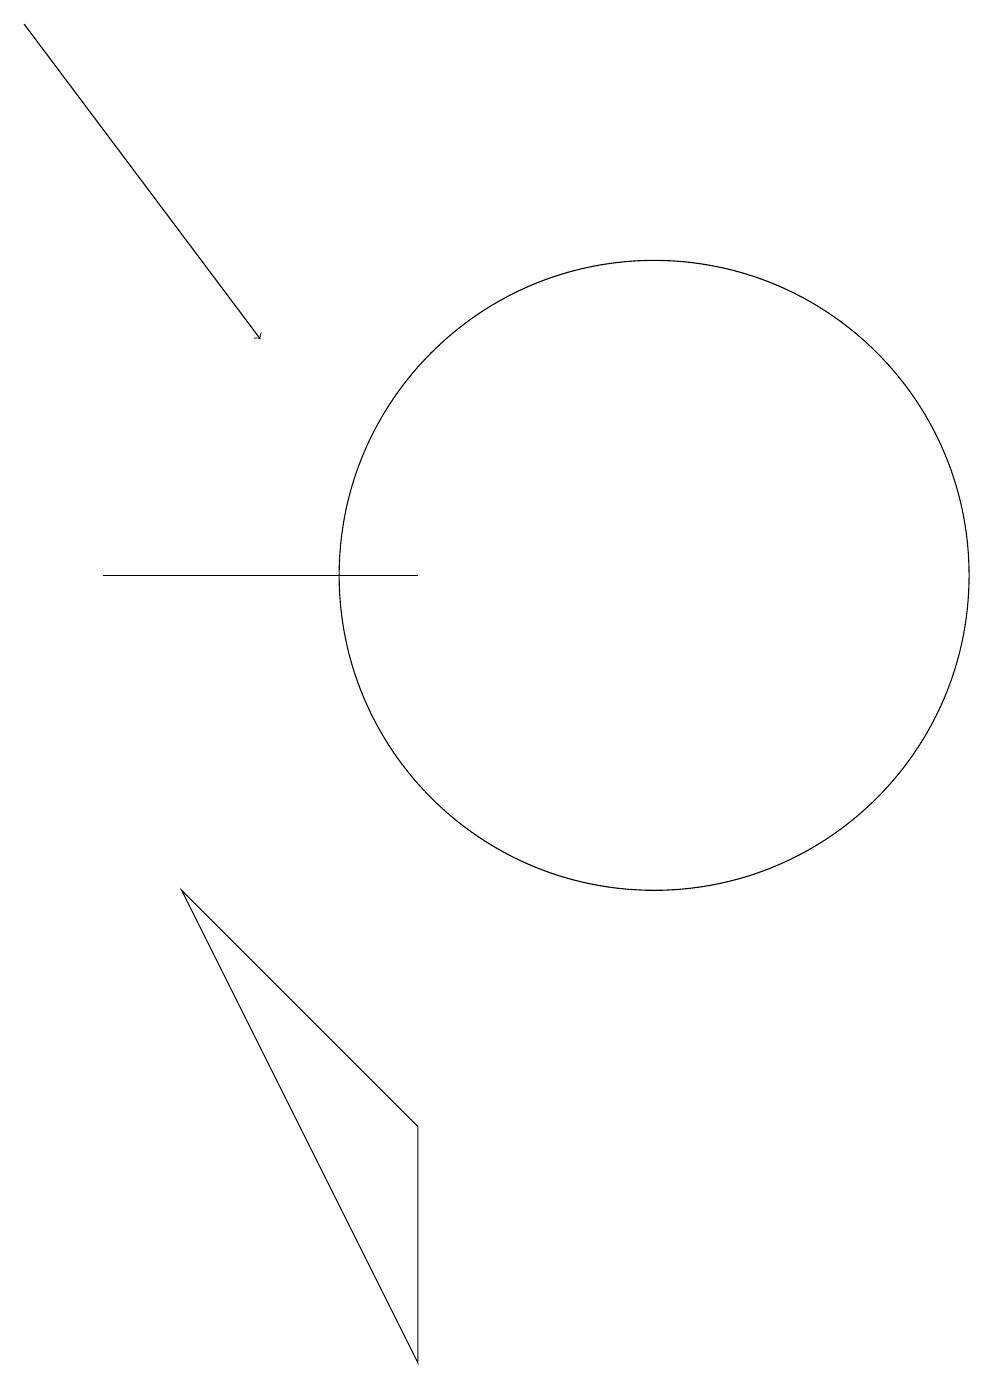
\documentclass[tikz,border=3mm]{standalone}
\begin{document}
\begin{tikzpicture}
\draw (9,11) rectangle (5,11);
\draw[->] (4,18) -- (7,14);
\draw (12,11) circle (4);
\draw (9,4) -- (6,7) -- (9,1) -- cycle;
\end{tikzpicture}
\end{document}